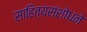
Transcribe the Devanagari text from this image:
साहित्यसंशोधने